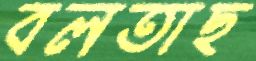
বলতাছ